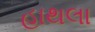
હાથલા